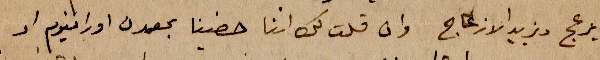
يزعج ويزيد الازعاج  وان قلت لك اننا حضينا بمعدن اورانيوم او